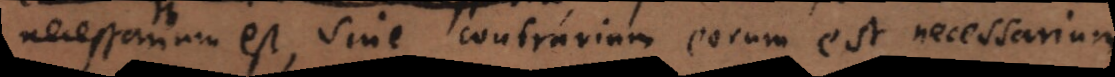
necessarium est, sive contrarium eorum est necessarium